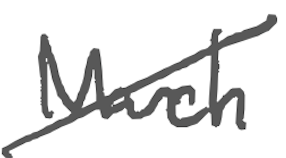
Text: March
Cross-out: diagonal
Writing tool: digital_gray